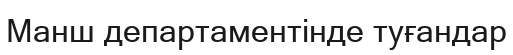
Манш департаментінде туғандар